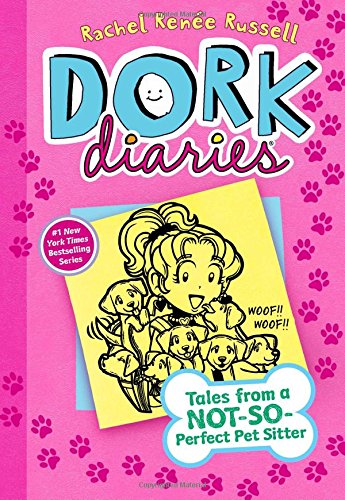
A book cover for Dork Diaries 10: Tales from a Not-So-Perfect Pet Sitter; Rachel RenÃ©e Russell; Children's Books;